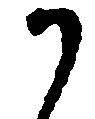
か